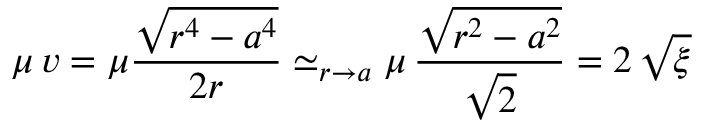
\mu \, v = \mu \frac { \sqrt { r ^ { 4 } - a ^ { 4 } } } { 2 r } \simeq _ { r \to a } \mu \, \frac { \sqrt { r ^ { 2 } - a ^ { 2 } } } { \sqrt { 2 } } = 2 \, \sqrt { \xi }